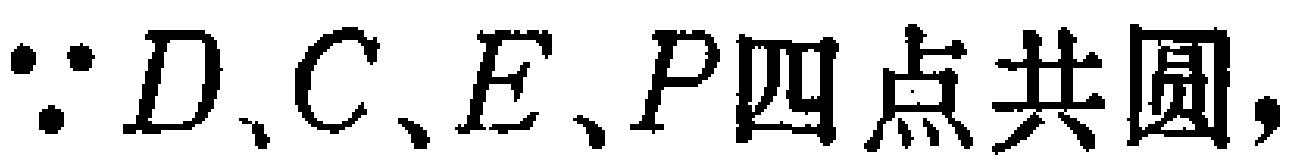
$\because D、C、E、P四点共圆,$